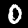
Label: 0